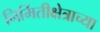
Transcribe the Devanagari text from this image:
निर्मितीक्षेत्राच्या